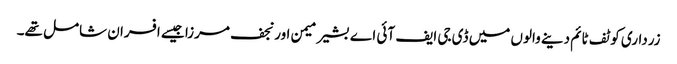
زرداری کو ٹف ٹائم دینے والوں میں ڈی جی ایف آئی اے بشیر میمن اور نجف مرزا جیسے افسران شامل تھے۔